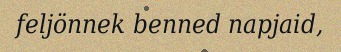
feljönnek benned napjaid,